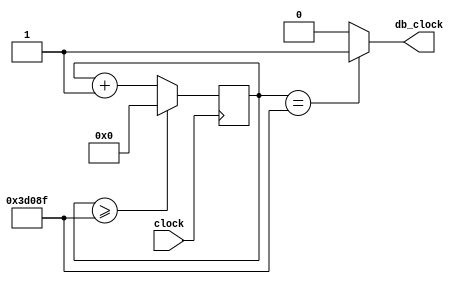
module debounce_clock(clock, db_clock);
    input clock;
    output db_clock;

    reg[26:0] counter = 0;
    always @(posedge clock) begin
        counter <= (counter >= 249999) ? 0 : counter + 1;
    end
    assign db_clock = (counter == 249999) ? 1'b1 : 1'b0;
endmodule